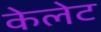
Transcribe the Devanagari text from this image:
केलेट